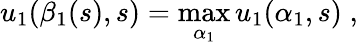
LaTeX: u_{1}(\beta_{1}(s),s)=\operatorname*{max}_{\alpha_{1}}u_{1}(\alpha_{1},s)\; ,